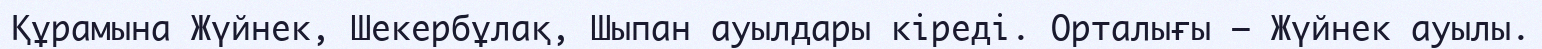
Құрамына Жүйнек, Шекербұлақ, Шыпан ауылдары кіреді. Орталығы – Жүйнек ауылы.